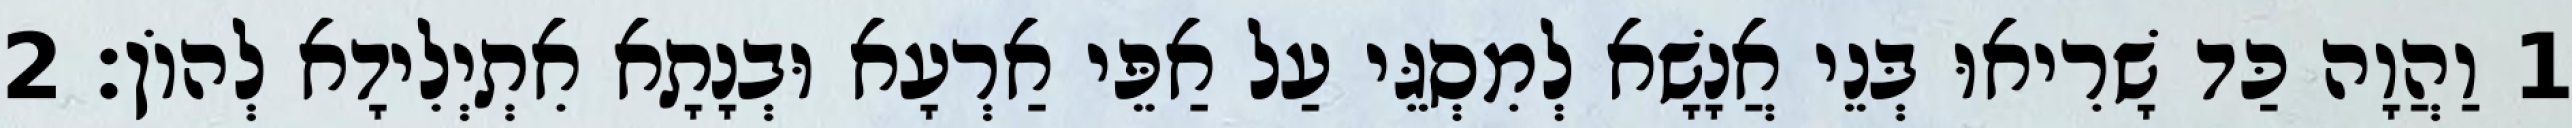
1 וַהֲוָה כַּד שָׁרִיאוּ בְּנֵי אֲנָשָׁא לְמִסְגֵּי עַל אַפֵּי אַרְעָא וּבְנָתָא אִתְיְלִידָא לְהוֹן׃ 2